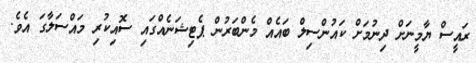
ރައީސް ޔާމީނަށް ދިނުމަށް ކައުންސިލް ބައެއް މެންބަރުން ޕެޓިޝަނެއްގައި ސޮއިކުރި މައްސަލާގަ އެވެ.